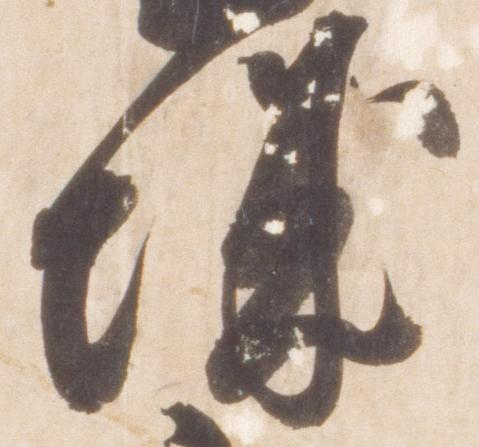
城